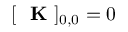
[ \mathrm { ~ \bf ~ K ~ } ] _ { 0 , 0 } = 0